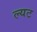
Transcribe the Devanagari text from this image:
ल्यट